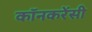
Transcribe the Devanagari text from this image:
कॉनकरेंसी